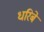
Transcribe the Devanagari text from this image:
धरिबे